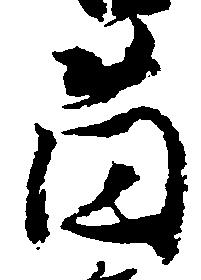
薗